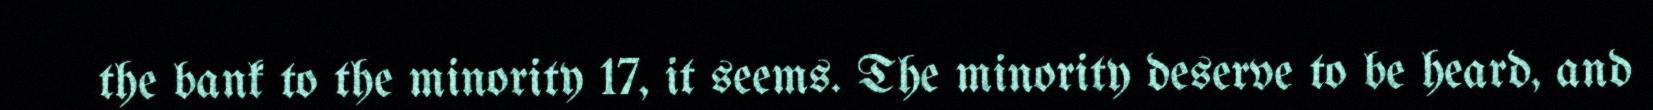
the bank to the minority 17, it seems. The minority deserve to be heard, and